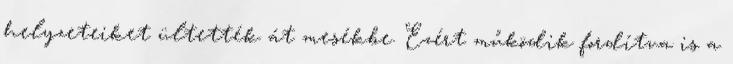
helyzeteiket ültették át mesékbe. Ezért működik fordítva is a